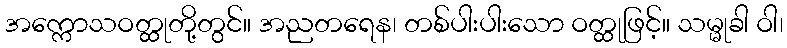
အက္ကောသဝတ္ထုတို့တွင်။ အညတရေန၊ တစ်ပါးပါးသော ဝတ္ထုဖြင့်။ သမ္မုခါ ဝါ၊